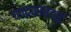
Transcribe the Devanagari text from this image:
चन्द्रवरबदाई